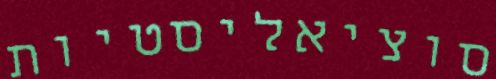
סוציאליסטיות